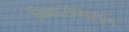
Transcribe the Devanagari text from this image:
विकारांपासून